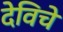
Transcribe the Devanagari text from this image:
देविचे